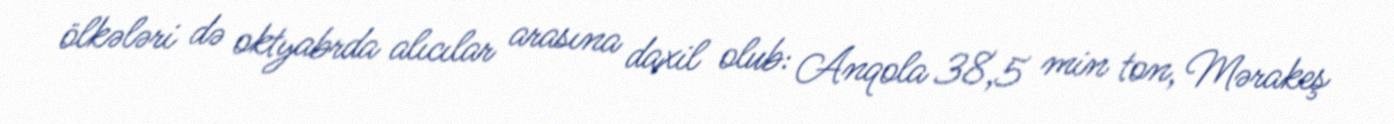
ölkələri də oktyabrda alıcılar arasına daxil olub: Anqola 38,5 min ton, Mərakeş